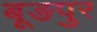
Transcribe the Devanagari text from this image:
बूङपुर